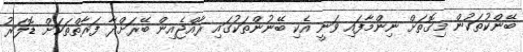
ބޭންކުތަކުން މިގޮތަށް ނިންމާފައި ވަނީ އެކި ބޭނުންތަކުގައި ރާއްޖެއިން ބޭރަށްދާ ފަރާތްތަކަށް ޑޮލަރު